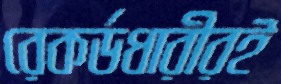
রেকর্ডধারীরই